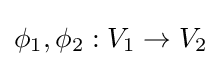
\phi _{1},\phi _{2}:V_{1}\rightarrow V_{2}